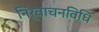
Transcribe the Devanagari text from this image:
निर्वाचनविधि